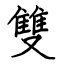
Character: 雙